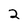
Character: 2